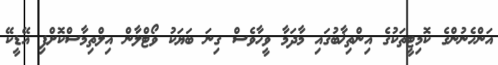
އަންހެނުންގެ ކޮމިޓީތަކުގެ އިންތިޚާބުގައި މާދަމާ ވީހާވެސް ގިނަ ބަޔަކު ވޯޓްލާން އިލްތިމާސްކޮށްފި އޭޑީކޭ